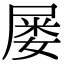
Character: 屡